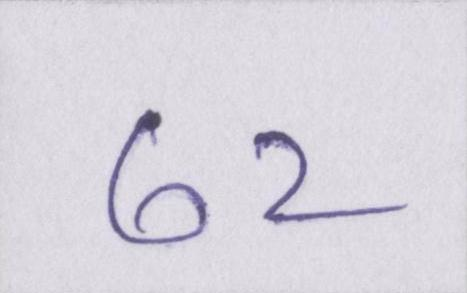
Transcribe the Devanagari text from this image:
७२